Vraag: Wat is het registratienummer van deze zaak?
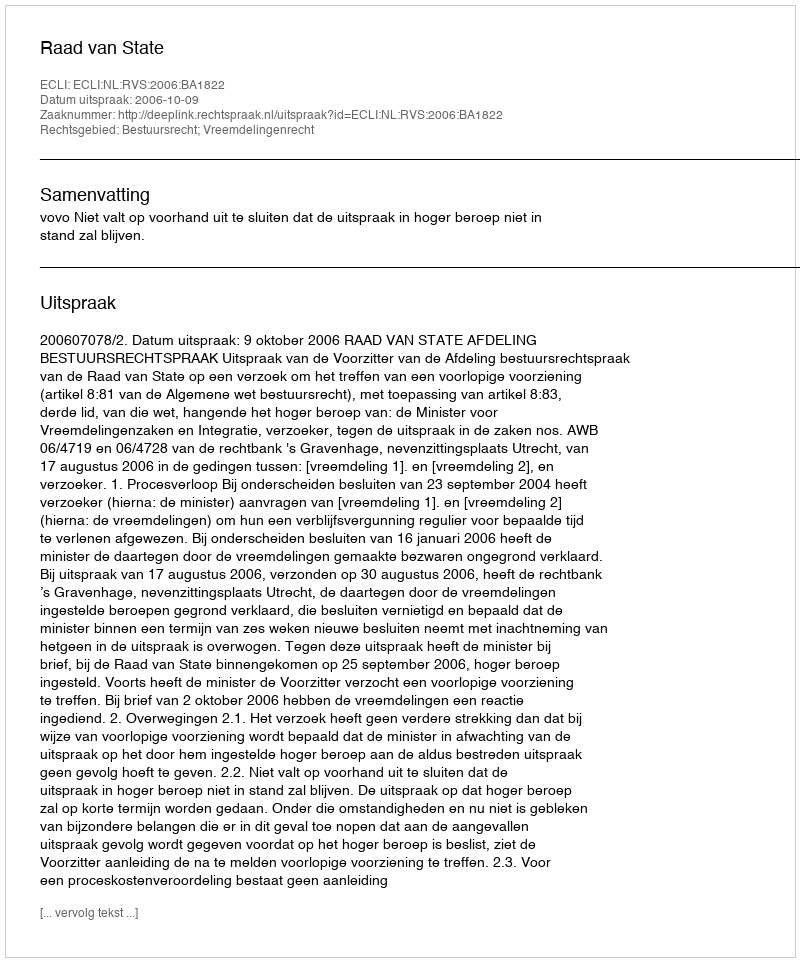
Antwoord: http://deeplink.rechtspraak.nl/uitspraak?id=ECLI:NL:RVS:2006:BA1822